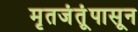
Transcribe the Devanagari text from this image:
मृतजंतूंपासून